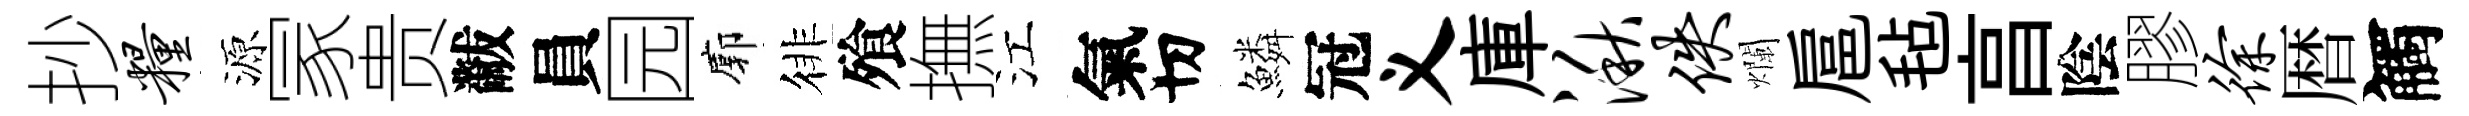
抄粮源冡贵黻員园廓徘飱撫江氣切鱗冠义庫湫佚爛扈毡亯陰膠徐暦觸